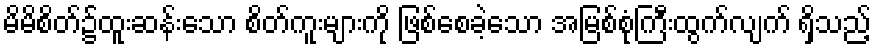
မိမိစိတ်၌ထူးဆန်းသော စိတ်ကူးများကို ဖြစ်စေခဲ့သော အမြစ်စုံကြီးထွက်လျက် ရှိသည့်